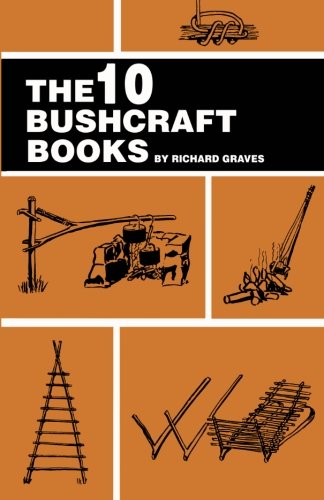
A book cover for The 10 Bushcraft Books; Richard Graves; Sports & Outdoors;